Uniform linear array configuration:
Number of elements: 8
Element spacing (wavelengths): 0.25
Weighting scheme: cosine
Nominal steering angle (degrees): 0
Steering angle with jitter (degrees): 0.2806
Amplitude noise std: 0.05
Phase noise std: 0.05

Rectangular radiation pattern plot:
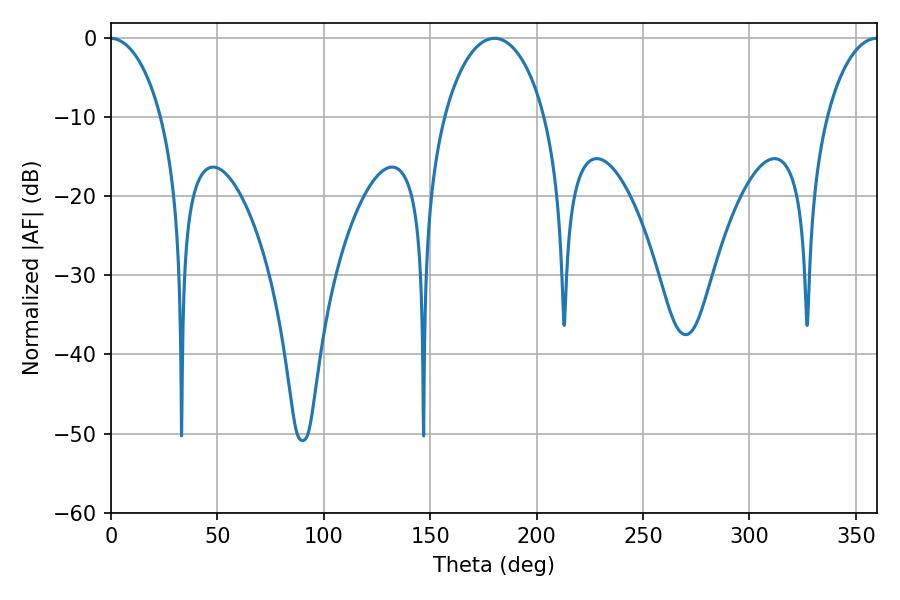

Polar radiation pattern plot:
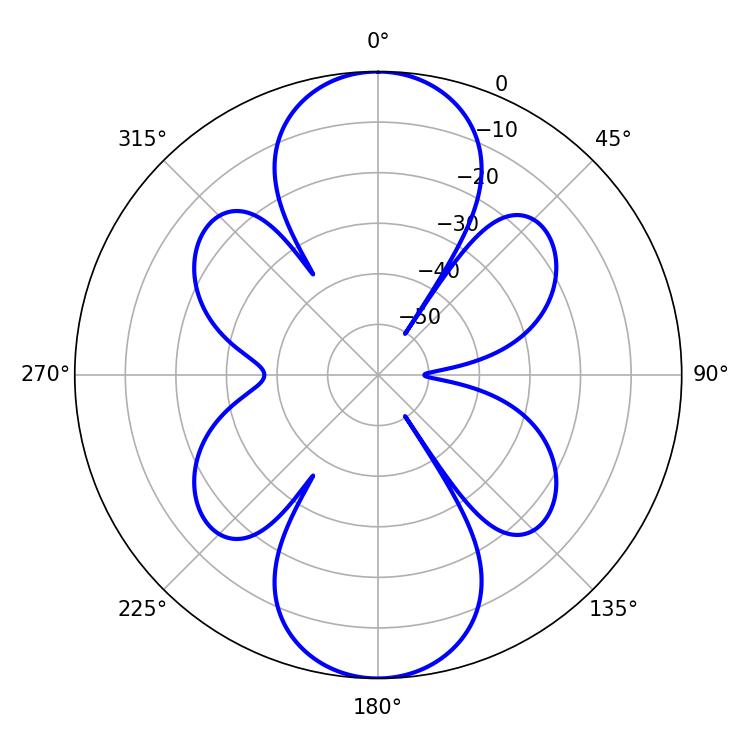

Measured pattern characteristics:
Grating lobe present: FALSE
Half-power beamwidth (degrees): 27
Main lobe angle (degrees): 180.18